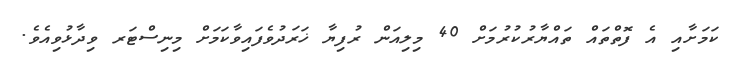
ކަމަށާއި އެ ފޮތްތައް ތައްޔާރުކުރުމަށް 40 މިލިއަން ރުފިޔާ ޚަރަދުވެފައިވާކަމަށް މިނިސްޓަރ ވިދާޅުވިއެވެ.